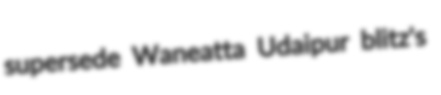
supersede Waneatta Udaipur blitz's